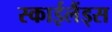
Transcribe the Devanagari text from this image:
स्‍काईलैंड्स